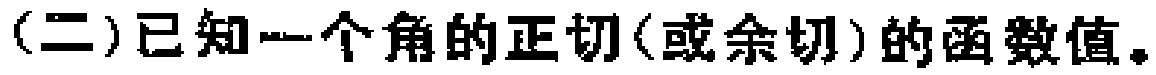
(二)已知一个角的正切(或余切)的函数值。